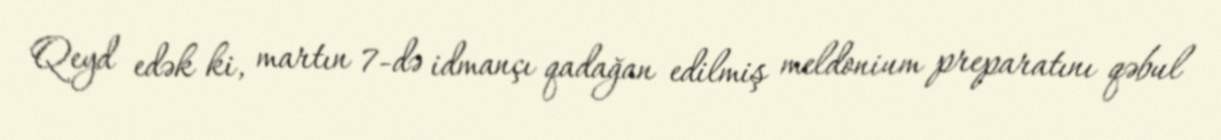
Qeyd edək ki, martın 7-də idmançı qadağan edilmiş meldonium preparatını qəbul